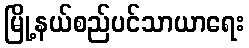
မြို့နယ်စည်ပင်သာယာရေး